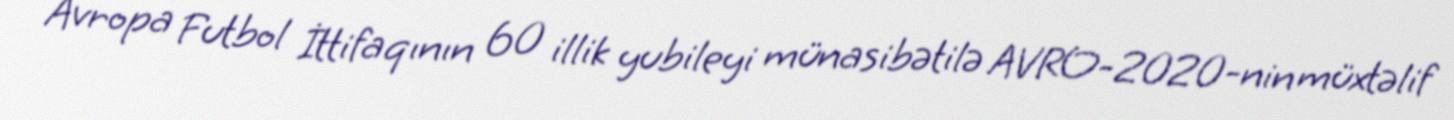
Avropa Futbol İttifaqının 60 illik yubileyi münasibətilə AVRO-2020-nin müxtəlif